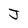
Character: J